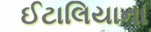
ઈટાલિયાના